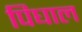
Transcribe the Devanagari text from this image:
पिघाल